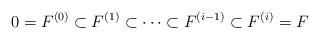
LaTeX: \begin{align*} 0=F^{(0)}\subset F^{(1)}\subset\cdots \subset F^{(i-1)}\subset F^{(i)}=F\end{align*}